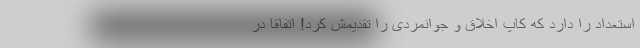
استعداد را دارد که کاپ اخلاق و جوانمردی را تقدیمش کرد! اتفاقاً در